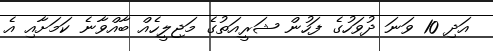
އަދި 10 ވަނަ ދުވަހުގެ ފަހުން ޝަރީއަތުގެ މަޖިލީހެއް ބާއްވާނެ ކަމަށާއި އެ